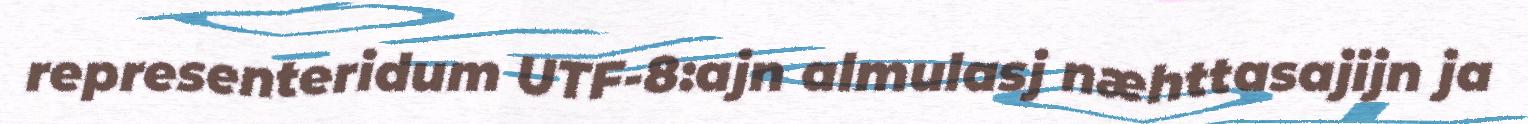
representeridum UTF-8:ajn almulasj næhttasajijn ja